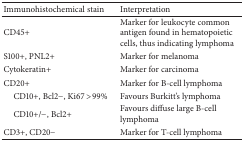
<table><thead><tr><td><b>Immunohistochemical stain</b></td><td><b>Interpretation</b></td></tr></thead><tbody><tr><td>CD45+ </td><td>Marker for leukocyte common antigen found in hematopoietic cells, thus indicating lymphoma</td></tr><tr><td>S100+, PNL2+</td><td>Marker for melanoma</td></tr><tr><td>Cytokeratin+</td><td>Marker for carcinoma</td></tr><tr><td>CD20+</td><td>Marker for B-cell lymphoma</td></tr><tr><td> CD10+, Bcl2−, Ki67 &gt;99%</td><td>Favours Burkitt&#x27;s lymphoma</td></tr><tr><td> CD10+/−, Bcl2+</td><td>Favours diffuse large B-cell lymphoma</td></tr><tr><td>CD3+, CD20−</td><td>Marker for T-cell lymphoma</td></tr></tbody></table>